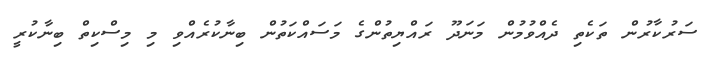
ސަރުކާރުން ތަކެތި ދެއްވުމުން މަނަދޫ ރައްޔިތުންގެ މަސައްކަތުން ބިނާކުރެއްވި މި މިސްކިތް ބިނާކުރީ